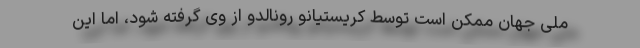
ملی جهان ممکن است توسط کریستیانو رونالدو از وی گرفته شود، اما این